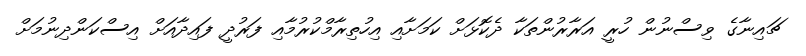
ޗައިނާގެ ވިސްނުން ހުރީ އަރާރުންތަކާ ދެކޮޅަށް ކަމަށާއި އިހުތިރާމްކުރުމާއި ފަރުދީ ފައިދާއަށް އިސްކަންދިނުމަށް